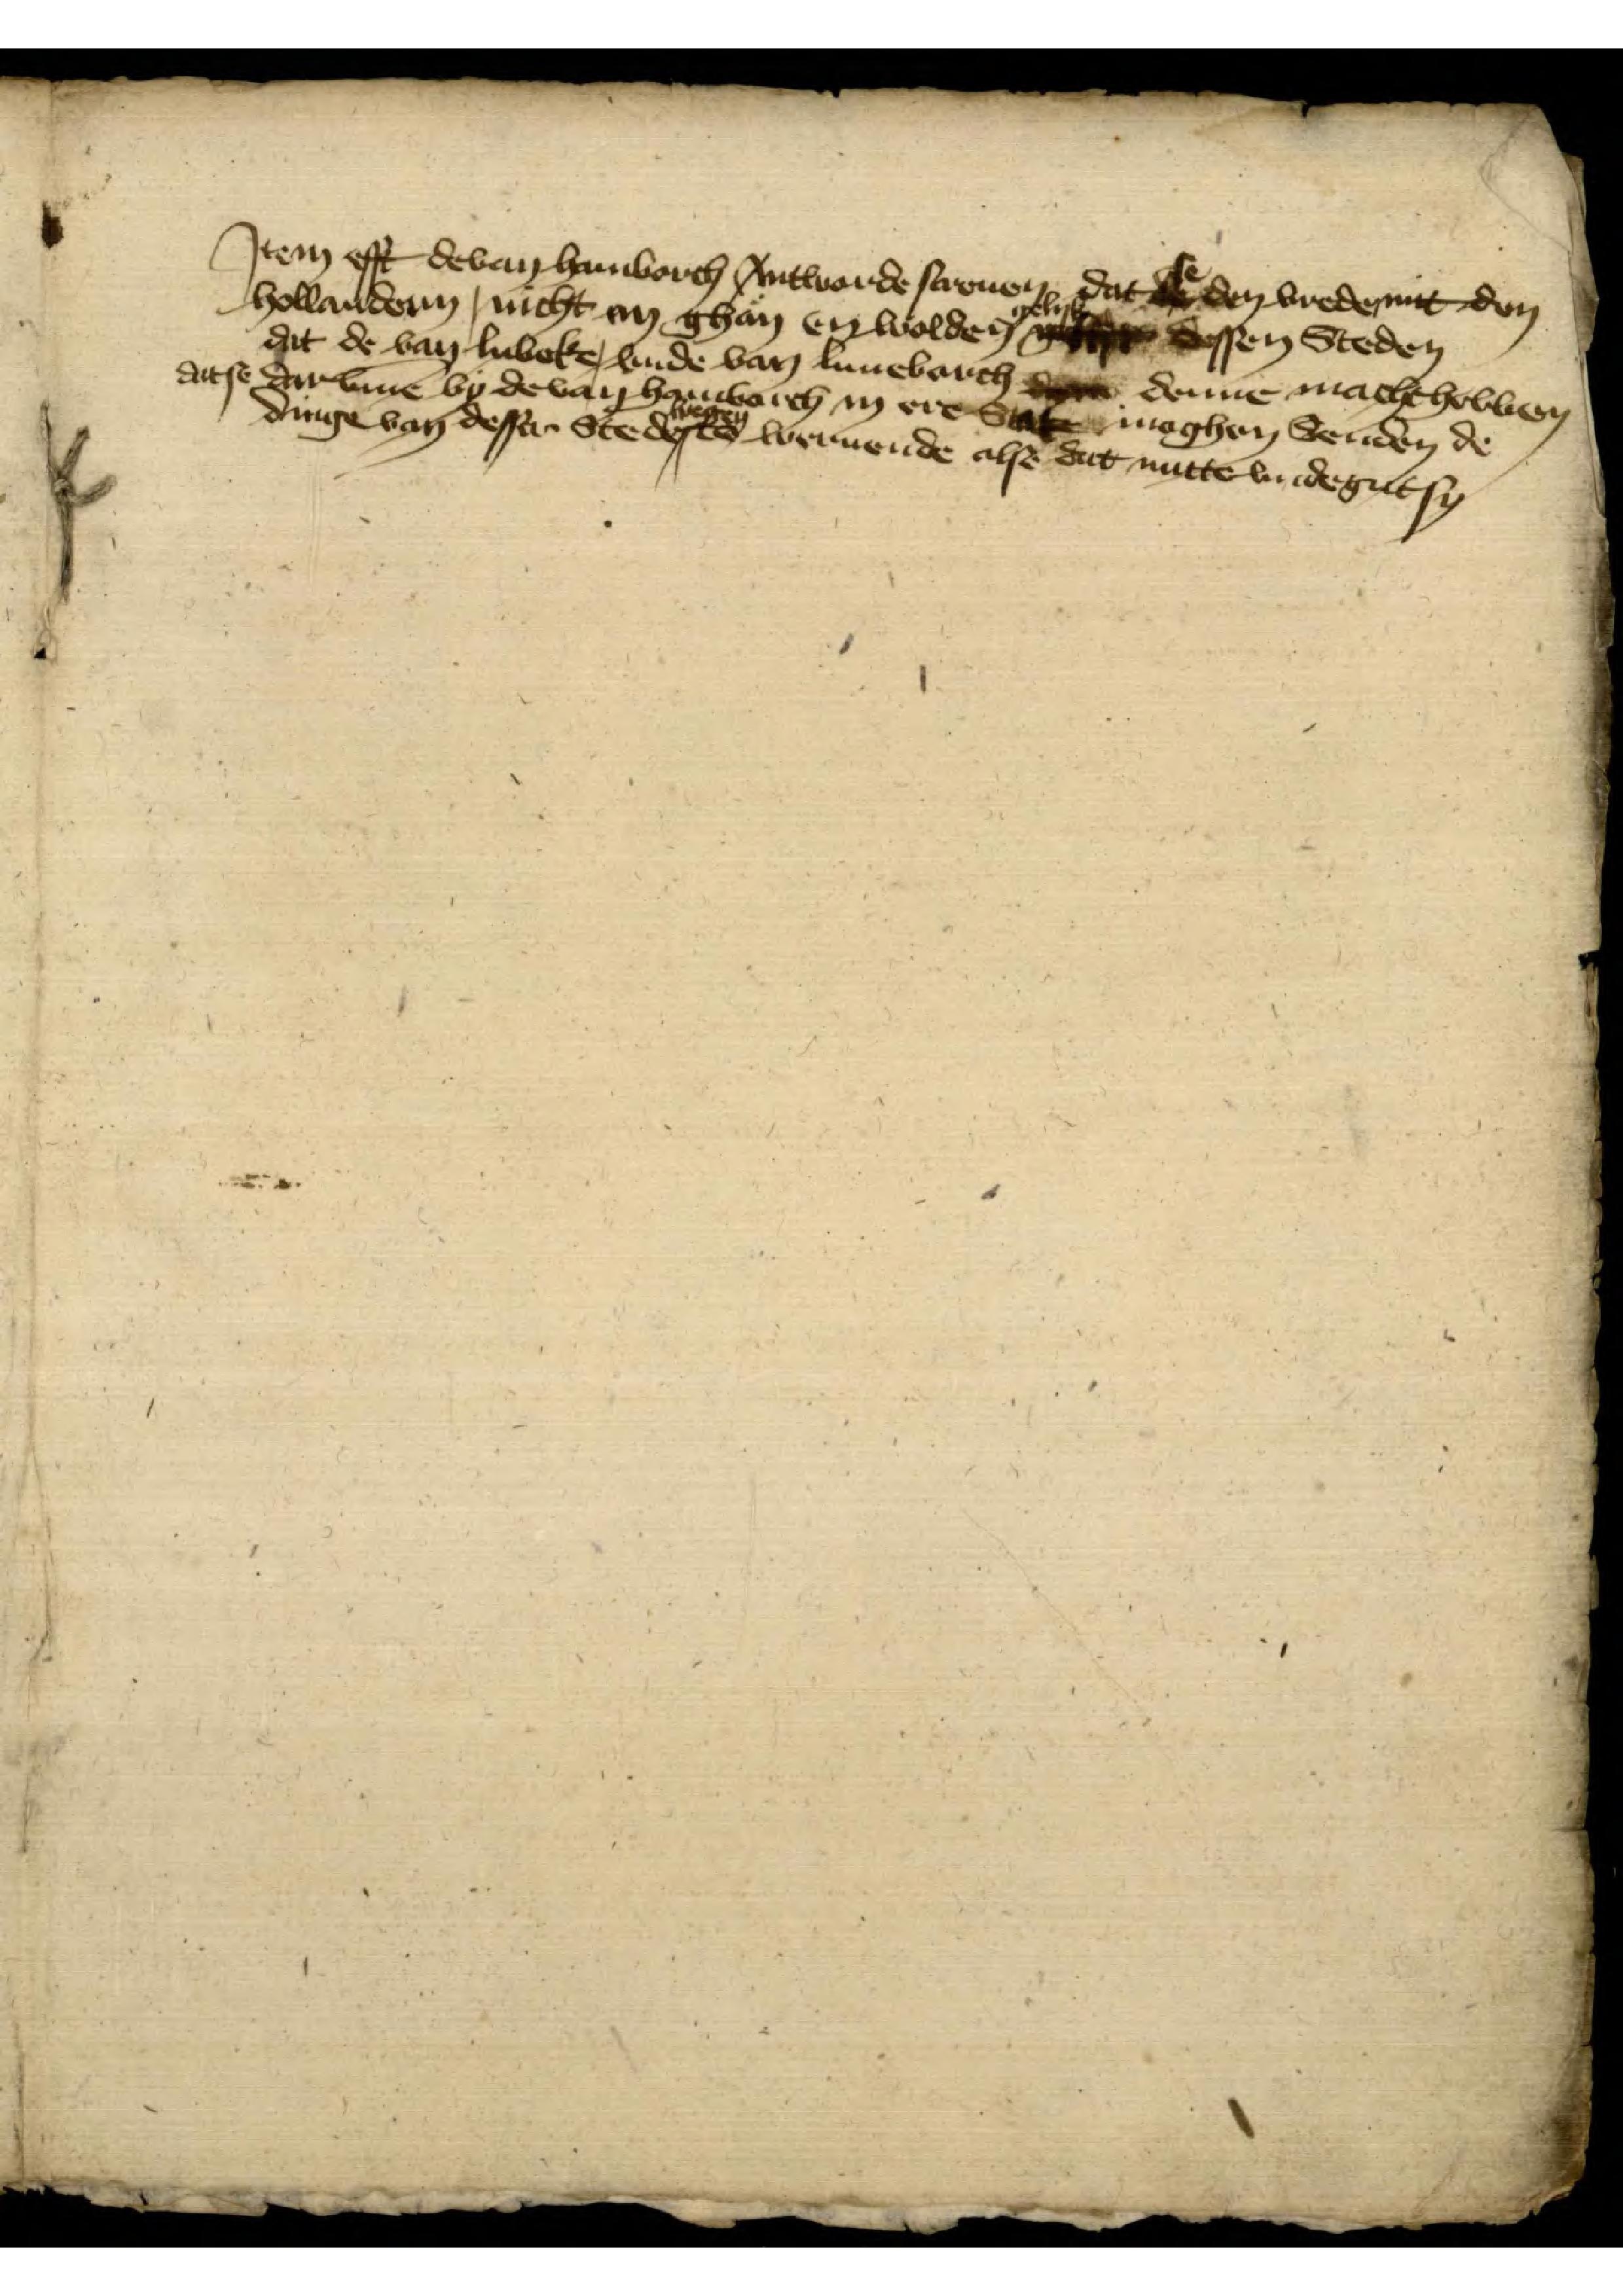
Jtem efft de van Hamborch Antworde de screuen dat se den vrede mit den
Hollandern, nicht en ghan en wolde gelyk dessen Steden
dat de van Lubeke, vnde van Luneborch denne denne macht hebben  
dit se darv̄me by de van Hamborch in ere Stede moghen Senden de
dinge van dessen Stede wegen to wernende alse dat nutte van de gut sy